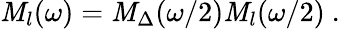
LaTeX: \mathit{M}_{l}(\omega)=\mathit{M}_{\Delta}(\omega/2)\mathit{M}_{l}(\omega/2)\ .